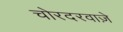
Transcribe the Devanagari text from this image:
चोरदरवाज़े